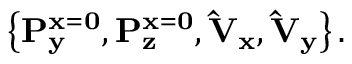
\left\{ \mathbf { P _ { y } ^ { x = 0 } } , \mathbf { P _ { z } ^ { x = 0 } } , \mathbf { \hat { V } _ { x } } , \mathbf { \hat { V } _ { y } } \right\} .